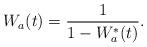
LaTeX: \begin{align*}W_a(t)=\frac{1}{1-W_a^*(t)}.\end{align*}